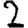
Digit: 2